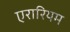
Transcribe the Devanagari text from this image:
एरारियम